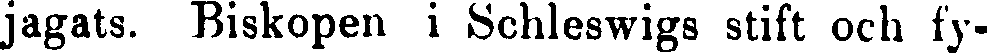
jagats. Biskopen i Schleswigs stift och fy-